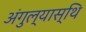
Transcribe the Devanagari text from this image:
अंगुल्यास्थि